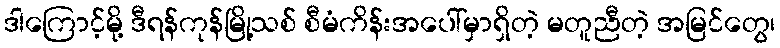
ဒါကြောင့်မို့ ဒီရန်ကုန်မြို့သစ် စီမံကိန်းအပေါ်မှာရှိတဲ့ မတူညီတဲ့ အမြင်တွေ၊